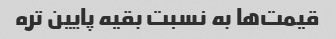
قیمت‌ها به نسبت بقیه پایین تره